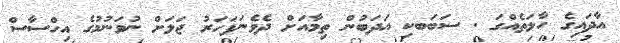
އާދައިގެ ހާލަތެއްގަ . ސަބަބކި އަދަބުން ތިމާއަށް ދެވެނަފަހަރު ޖަލަށް ނުވަނުމުގެ އިހްސާސް